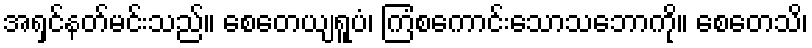
အရှင်နတ်မင်းသည်။ စေတေယျရူပံ၊ ကြံစကောင်းသောသဘောကို။ စေတေသိ၊